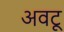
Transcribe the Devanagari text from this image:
अवटू